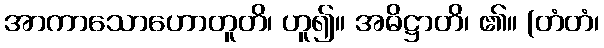
အာကာသောဟောတူတိ၊ ဟူ၍။ အဓိဋ္ဌာတိ၊ ၏။ (တံတံ၊